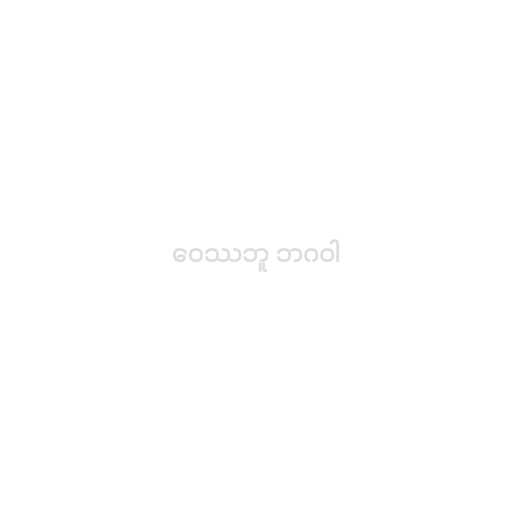
ဝေဿဘူ ဘဂဝါ